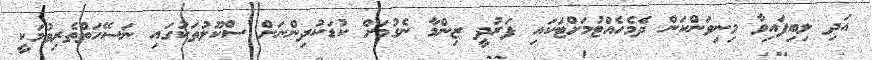
އަދި ލިބިފައިވާ މިނިވަންކަން ދެމެހެއްޓުމަށްޓަކައި ފަރުދީ ޒިންމާ ނެގުމަށް ކުޑަކުދިންނަށް ސްކޫލުތަކުގައި ނަސޭހަތްތެރިވުމަކީ